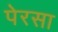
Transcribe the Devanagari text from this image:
पेरसा